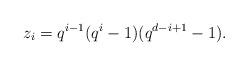
LaTeX: \begin{align*}z_i &= q^{i-1} (q^{i}-1)(q^{d-i+1}-1).\end{align*}